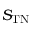
S _ { \mathrm { T N } }